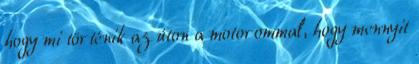
hogy mi történik az úton a motorommal, hogy mennyit